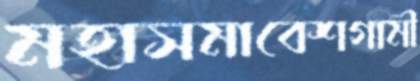
মহাসমাবেশগামী